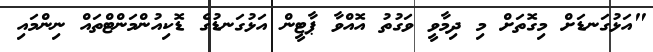
"އަޅުގަނޑަށް މިގޮތަށް މި ދިމާވީ ވަގުތު އޮއްވާ ޕާޓީން އަޅުގަނޑުގެ ޑޮކިއުންމަންޓްތައް ނިންމައި